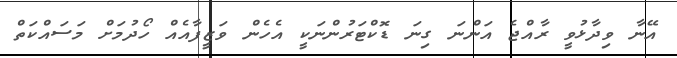
އޭނާ ވިދާޅުވީ ރާއްޖެ އަންނަ ގިނަ ޑޮކްޓަރުންނަކީ އެހެން ވަޒީފާއެއް ހޯދުމަށް މަސައްކަތް